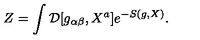
Z = \int { \cal D } [ g _ { \alpha \beta } , X ^ { a } ] e ^ { - S ( g , X ) } .